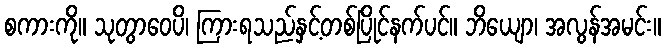
စကားကို။ သုတွာဝေပိ၊ ကြားရသည်နှင့်တစ်ပြိုင်နက်ပင်။ ဘိယျော၊ အလွန်အမင်း။